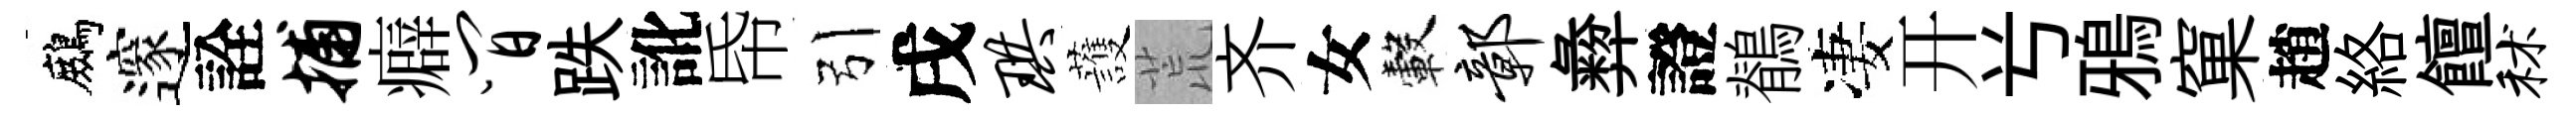
鷓邃詮捕癖间跌訛帋引戌珙䕶荒齐女轂鄣彜證鶺凄开𠔃鴉窠趙絡饘秫